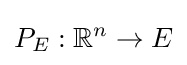
P_{E}:\mathbb {R} ^{n}\to E